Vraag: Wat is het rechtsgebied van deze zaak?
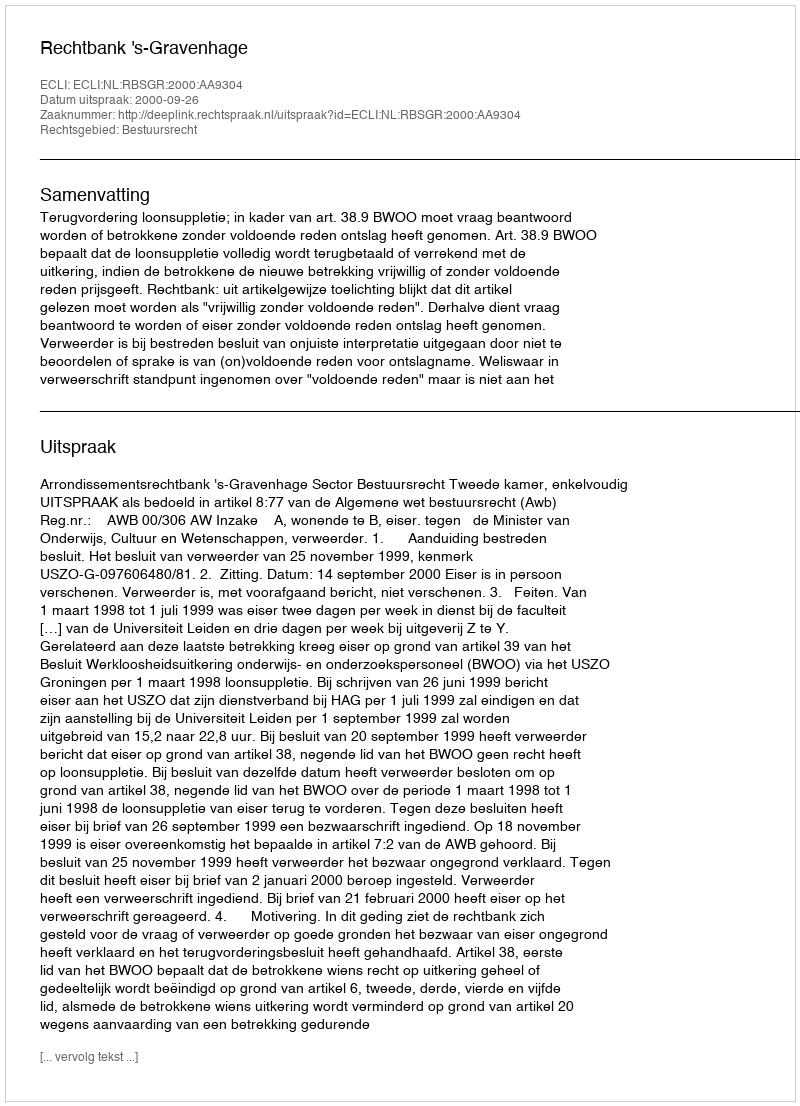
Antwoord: Bestuursrecht